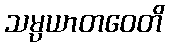
သမ္ပယာတဝေတိ